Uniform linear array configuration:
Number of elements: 48
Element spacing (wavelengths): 0.25
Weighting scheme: uniform
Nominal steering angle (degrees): -15
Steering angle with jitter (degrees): -15.766
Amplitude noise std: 0.05
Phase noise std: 0.05

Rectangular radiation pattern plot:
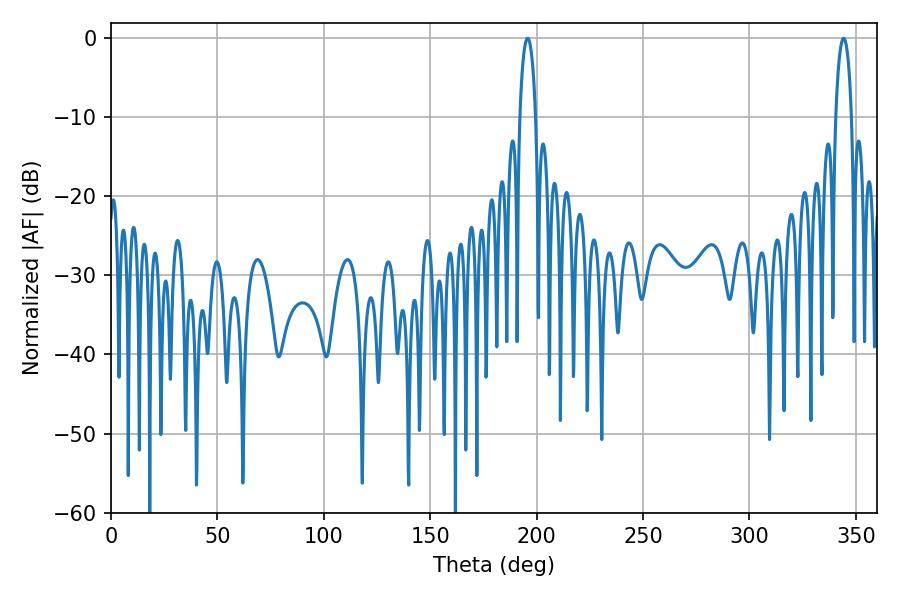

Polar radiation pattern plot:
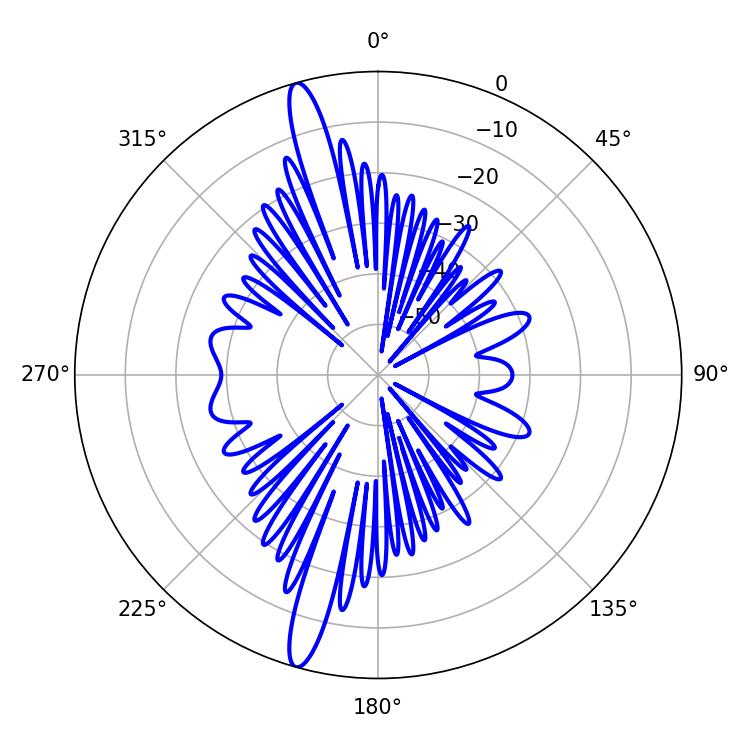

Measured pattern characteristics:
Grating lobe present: FALSE
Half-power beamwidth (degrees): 4.14
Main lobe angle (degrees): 195.84